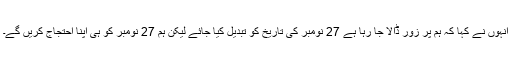
انہوں نے کہا کہ ہم پر زور ڈالا جا رہا ہے 27 نومبر کی تاریخ کو تبدیل کیا جائے لیکن ہم 27 نومبر کو ہی اپنا احتجاج کریں گے۔